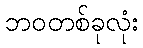
ဘဝတစ်ခုလုံး